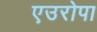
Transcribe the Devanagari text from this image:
एउरोपा